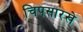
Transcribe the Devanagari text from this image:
चिपसारखे